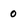
Character: 0